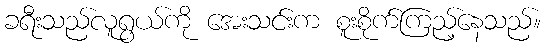
ခရီးသည်လူရွယ်ကို အေးသင်းက စူးစိုက်ကြည့်နေသည်။